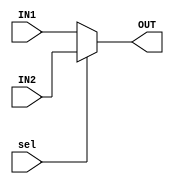
module MIPS_MUX #(parameter width =32)
(
input wire [width-1:0] 	IN1,
input wire [width-1:0] 	IN2,
input wire 			   	sel,
output reg [width-1:0] OUT
);

always @(*)
	begin
		if (sel)
			OUT = IN2;
		else
			OUT = IN1;
	end

endmodule